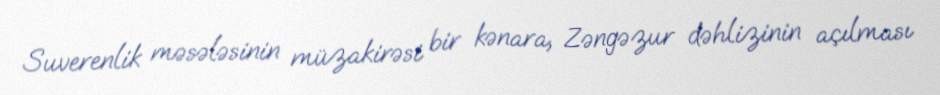
Suverenlik məsələsinin müzakirəsi bir kənara, Zəngəzur dəhlizinin açılması